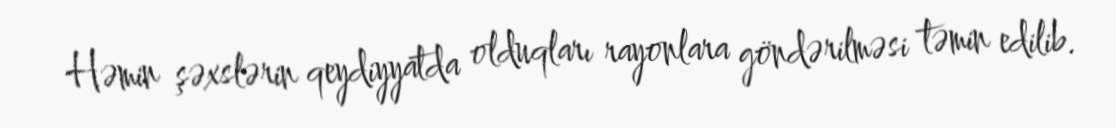
Həmin şəxslərin qeydiyyatda olduqları rayonlara göndərilməsi təmin edilib.